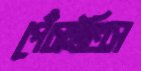
পেঁচাইতিস